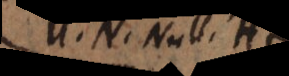
U. N. Null. H